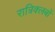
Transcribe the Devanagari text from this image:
रात्रिक्लबों